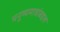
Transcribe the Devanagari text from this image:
मनुष्यमात्रांबद्दल